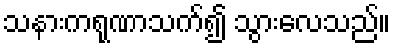
သနားကရုဏာသက်၍ သွားလေသည်။